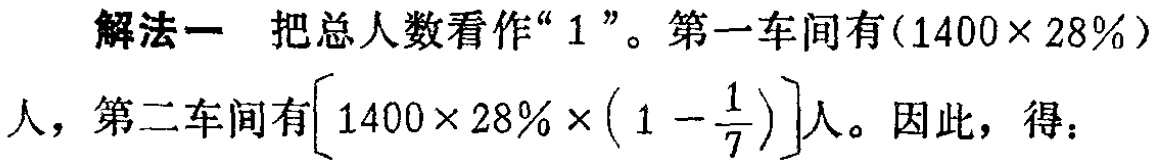
解法一 把总人数看作“$1$”。第一车间有$(1400\times 28\%)$人，第二车间有$\left[1400\times 28\% \times \left(1 - \dfrac{1}{7}\right)\right]$人。因此，得：